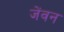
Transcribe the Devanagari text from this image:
जेंवन